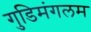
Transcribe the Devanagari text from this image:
गुडिमंगलम